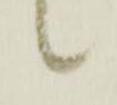
候